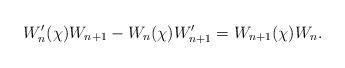
LaTeX: \begin{align*}W_n'(\chi)W_{n+1} - W_n(\chi)W_{n+1}' = W_{n+1}(\chi)W_n.\end{align*}